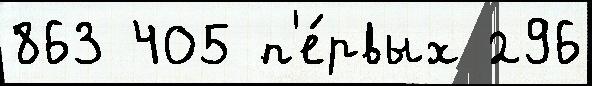
863 405 п'е́рвых 296